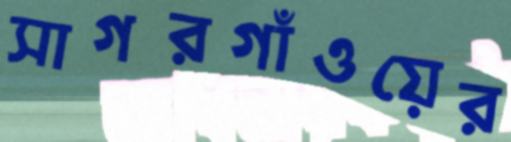
সাগরগাঁওয়ের